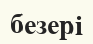
безері